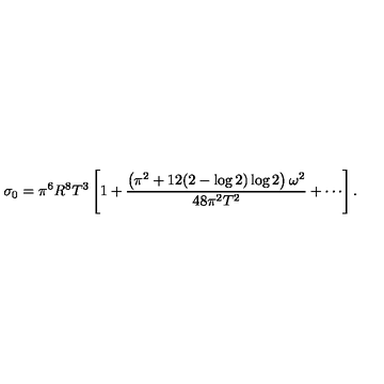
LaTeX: \sigma _ { 0 } = \pi ^ { 6 } R ^ { 8 } T ^ { 3 } \left[ 1 + \frac { \left( \pi ^ { 2 } + 1 2 ( 2 - \log { 2 } ) \log { 2 } \right) \omega ^ { 2 } } { 4 8 \pi ^ { 2 } T ^ { 2 } } + \cdots \right] .